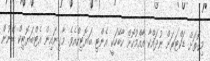
މިގޮތަށް ޑަކްޓަރަށް ނުދައްކާ އާއްމުކޮށް ކާބޭހަކީ އެންޓި ބަޔޮޓިކްއެވެ. މާގިނައިން އެޓްބަޔޮޓިކް ބޭނުން